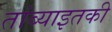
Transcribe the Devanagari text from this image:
तांब्याइतकी